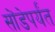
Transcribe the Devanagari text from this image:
सोंडेपर्यंत